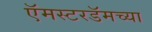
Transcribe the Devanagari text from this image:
ऍमस्टरडॅमच्या